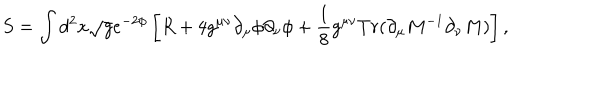
S = \int d ^ { 2 } x \sqrt { g } e ^ { - 2 \phi } \left[ R + 4 g ^ { \mu \nu } \partial _ { \mu } \phi \partial _ { \nu } \phi + \frac { 1 } { 8 } g ^ { \mu \nu } T r ( \partial _ { \mu } M ^ { - 1 } \partial _ { \nu } M ) \right] ,